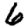
Digit: 6